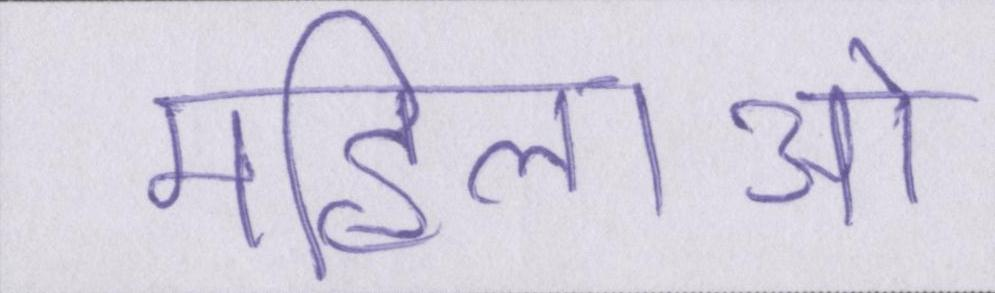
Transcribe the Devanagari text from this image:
महिलाओ